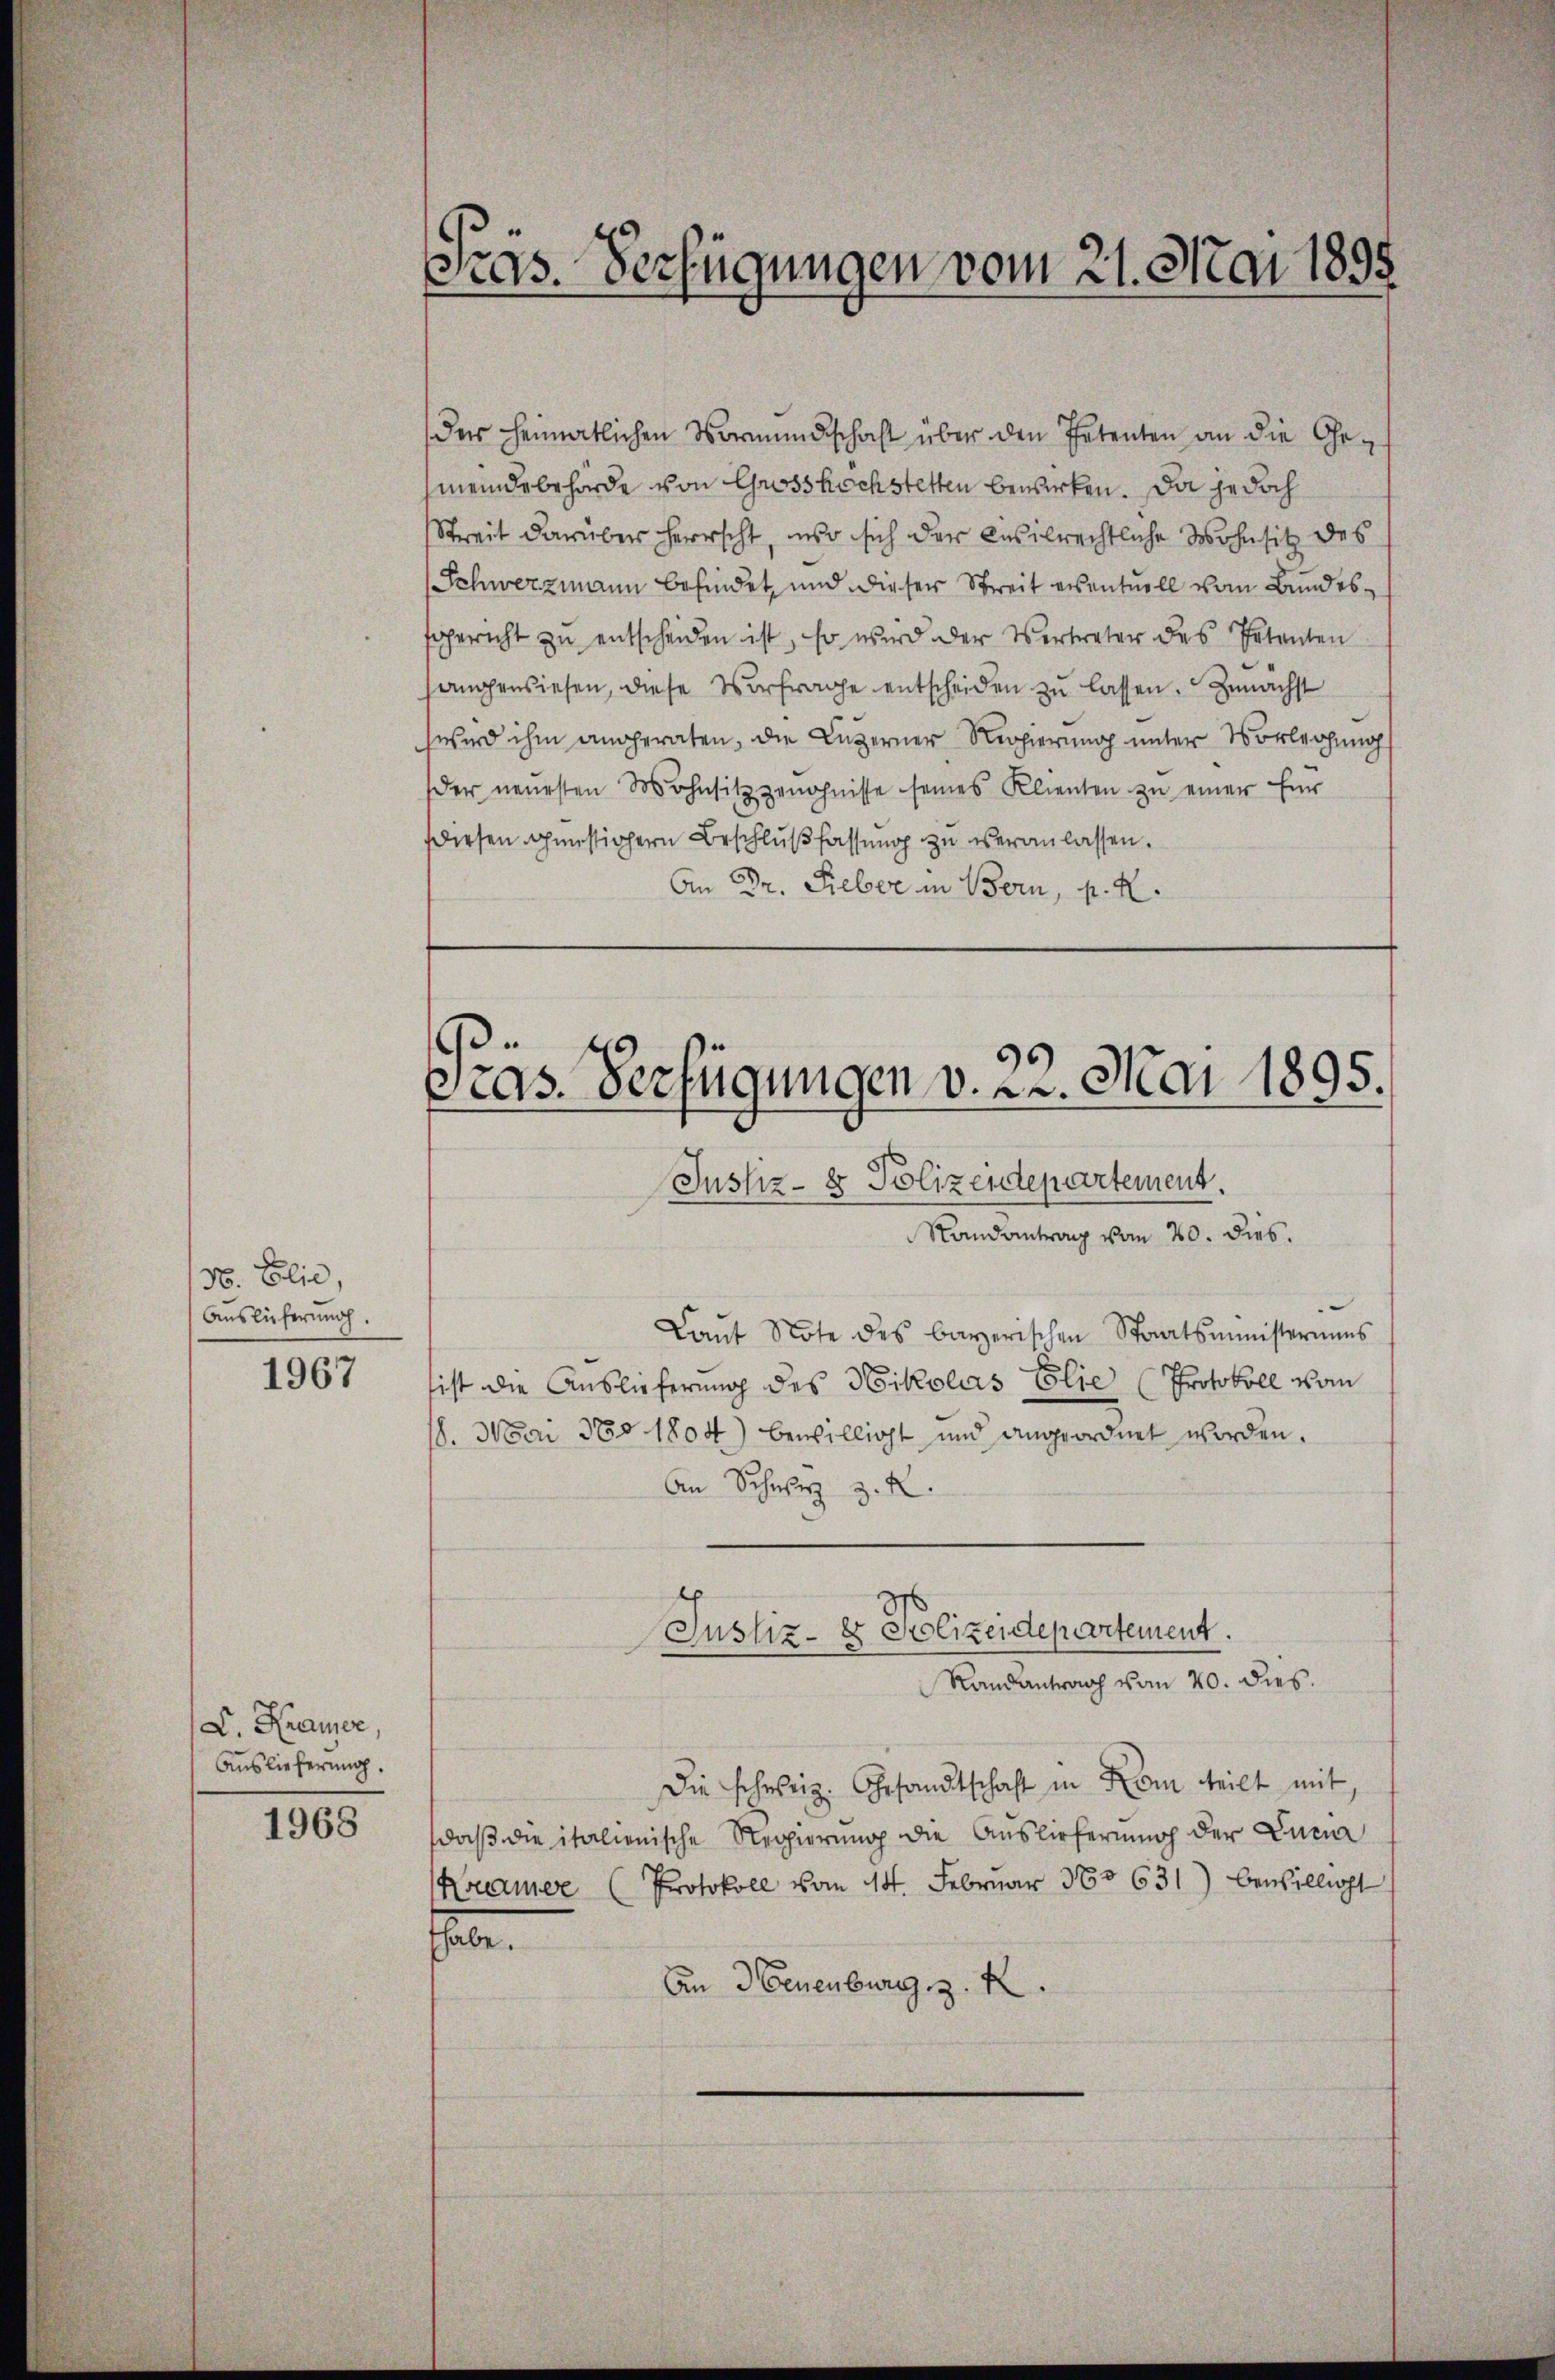
N. Elic,
Auslieferung.

1967

D. Kamer,
Auslieferung.

1968

des heimatlichen Vormundschaft über den Petenten an die Gemeindebehörde von Grosshöchstetten bewirken. Da jedoch
Streit darüber herrscht, wo sich der cosilrechtliche Wohnsitz des
Schwerzmann befindet und dieser Streit eventuell vom Bundessgericht zŭ entscheiden ist, so wird der Vertreter des Petenten
sangensiesen, diese Vorfrage entscheiden zŭ lassen. Zunächst
wird ihm angeraten, die Luzerner Regierung unter Vorleihungs
der neuesten Wohnsitz genohnisse seines Klienten zŭ einer für
diesen günstichern Beschlußfassung zu veranlassen.
An Dr. Sieber in Bern, p. K.

Pras. Verfügungen vom 21. Mai 1898

Präs. Verfügungen v. 22. Mai 1895.

Justiz- & Polizendepartement.
Randantrag vom 20. dies.
Laŭt Note des bayerischen Staatsministeriums
sist die Auslieferung des Nikolas Elie (Protokoll vom
18. Mai 380 1804) bewilligt und angeordnet worden.
An Schwyz z. R.
Randantrag vom 20. dies.
Die schweiz. Gesandtschaft in Kam teilt mit
daß die italienische Regierung die Auslieferung der Lucia
Protokoll vom 14. Februar 185631) bewilligt
Kramer
a.
An Neuenburg z. K

Justiz- & Polizeidepartement.